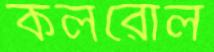
কলরোল